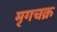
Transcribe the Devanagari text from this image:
मृगचक्र